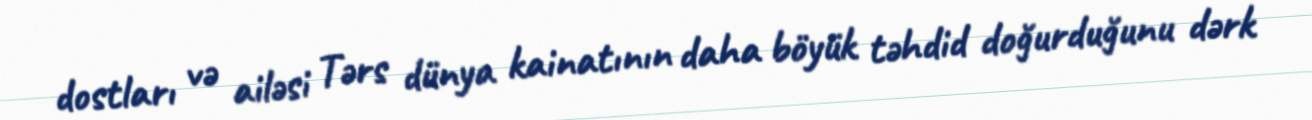
dostları və ailəsi Tərs dünya kainatının daha böyük təhdid doğurduğunu dərk